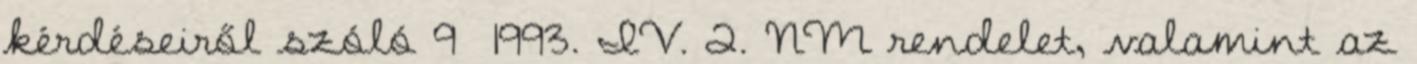
kérdéseiről szóló 9 1993. IV. 2. NM rendelet, valamint az